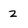
Character: 2